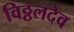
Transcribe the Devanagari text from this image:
विठ्ठलदेव